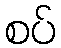
စပ်